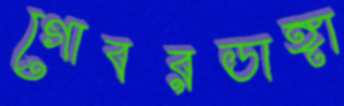
গোবরডাঙ্গা